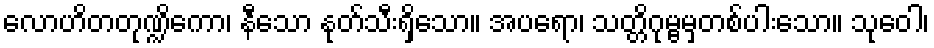
လောဟိတတုဏ္ဍိကော၊ နီသော နုတ်သီးရှိသော။ အပရော၊ သတ္တိဂုမ္ဗမှတစ်ပါးသော။ သုဝေါ၊